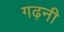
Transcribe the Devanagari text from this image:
गढ़नी